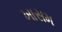
ખાસમ